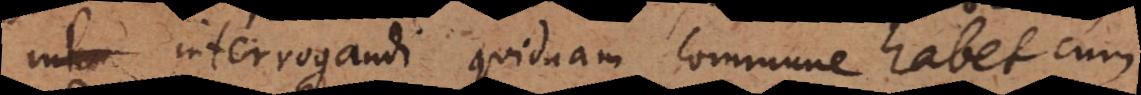
interrogandi quidnam commune habet cum